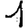
Digit: 1